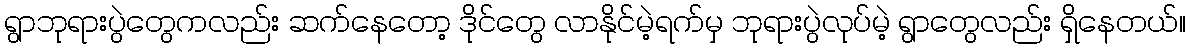
ရွာဘုရားပွဲတွေကလည်း ဆက်နေတော့ ဒိုင်တွေ လာနိုင်မဲ့ရက်မှ ဘုရားပွဲလုပ်မဲ့ ရွာတွေလည်း ရှိနေတယ်။